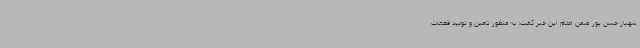
شهباز حسن پور ضمن اعلام این خبر گفت: به منظور تامین و تولید قطعات